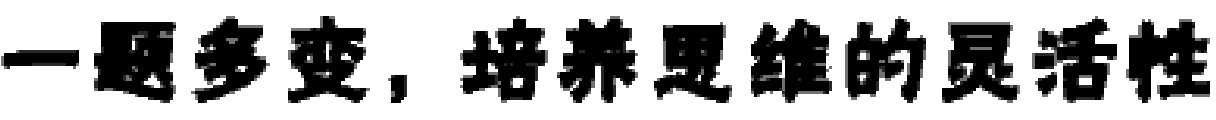
一题多变，培养思维的灵活性